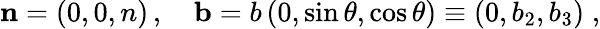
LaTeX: \mathbf{n}=(0,0,n)\, ,\quad\mathbf{b}=b\left(0,\sin\theta,\cos\theta\right)\equiv(0,b_{2},b_{3})\; ,